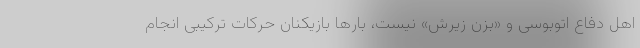
اهل دفاع اتوبوسی و «بزن زیرش» نیست، بارها بازیکنان حرکات ترکیبی انجام